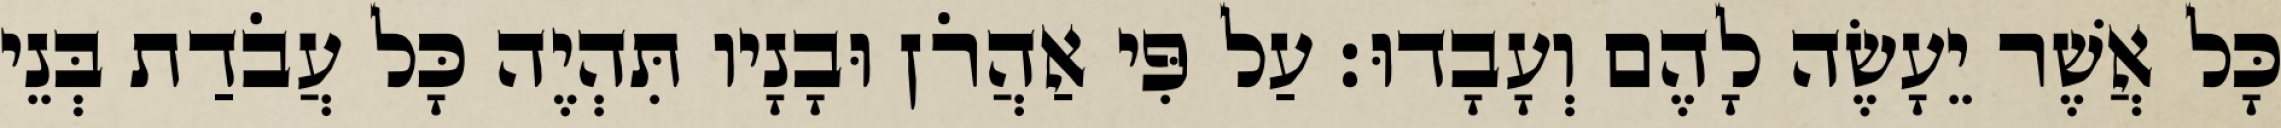
כָּל אֲשֶׁר יֵעָשֶׂה לָהֶם וְעָבָדוּ׃ עַל פִּי אַהֲרֹן וּבָנָיו תִּהְיֶה כָּל עֲבֹדַת בְּנֵי